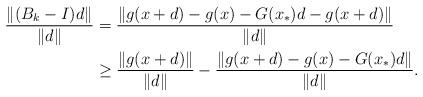
LaTeX: \begin{align*}\frac{\|(B_k - I)d\|}{\|d\|} &= \frac{\|g(x + d) - g(x) - G(x_\ast)d - g(x + d)\|}{\|d\|} \\&\geq \frac{\|g(x + d)\|}{\|d\|} - \frac{\|g(x + d) - g(x) - G(x_\ast)d\|}{\|d\|}.\end{align*}